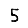
Digit: 5